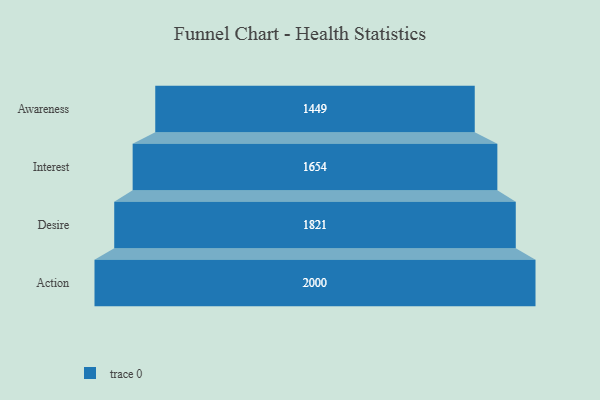
{"axis": {"x": "Stage", "y": "Value"}, "legend": [""], "data": [{"x": "Awareness", "y": 1449.0, "type": ""}, {"x": "Interest", "y": 1654.0, "type": ""}, {"x": "Desire", "y": 1821.0, "type": ""}, {"x": "Action", "y": 2000, "type": ""}]}